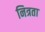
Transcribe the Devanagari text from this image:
नित्रता